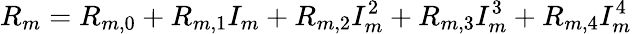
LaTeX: R_{m}=R_{m,0}+R_{m,1}I_{m}+R_{m,2}I_{m}^{2}+R_{m,3}I_{m}^{3}+R_{m,4}I_{m}^{4}